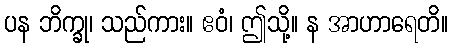
ပန ဘိက္ခု၊ သည်ကား။ ဧဝံ၊ ဤသို့။ န အာဟာရေတိ။